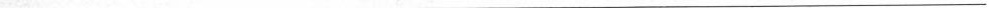
___